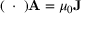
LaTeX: ( \mathbf { \partial } \cdot \mathbf { \partial } ) \mathbf { A } = \mu _ { 0 } \mathbf { J }